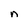
Character: n